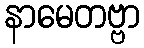
နာမေတဗ္ဗာ